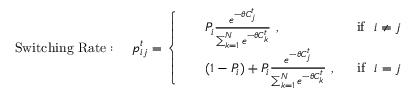
\mathrm { S w i t c h i n g ~ R a t e : ~ ~ ~ ~ } p _ { i j } ^ { t } = \left\{ \begin{array} { l l } { \begin{array} { r l r } & { P _ { i } \frac { e ^ { - \theta C _ { j } ^ { t } } } { \sum _ { k = 1 } ^ { N } e ^ { - \theta C _ { k } ^ { t } } } \ , \ } & { \ \mathrm { i f } \ \ i \neq j } \\ & { ( 1 - P _ { i } ) + P _ { i } \frac { e ^ { - \theta C _ { j } ^ { t } } } { \sum _ { k = 1 } ^ { N } e ^ { - \theta C _ { k } ^ { t } } } \ , \ } & { \ \mathrm { i f } \ \ i = j } \end{array} } \end{array} \right.